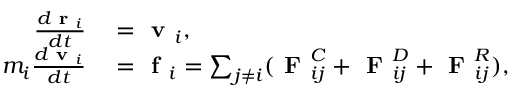
\begin{array} { r l } { \frac { d \textbf { r } _ { i } } { d t } } & { { } = \textbf { v } _ { i } , } \\ { m _ { i } \frac { d \textbf { v } _ { i } } { d t } } & { { } = \textbf { f } _ { i } = \sum _ { j \neq i } ( \textbf { F } _ { i j } ^ { C } + \textbf { F } _ { i j } ^ { D } + \textbf { F } _ { i j } ^ { R } ) , } \end{array}